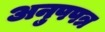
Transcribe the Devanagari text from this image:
अनुपपत्र